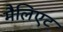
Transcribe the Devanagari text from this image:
मैलिएट